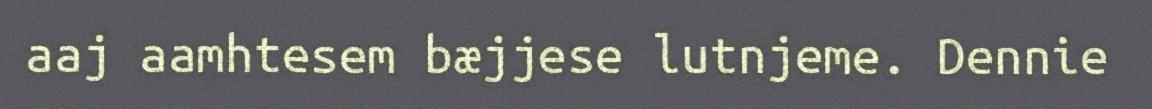
aaj aamhtesem bæjjese lutnjeme. Dennie